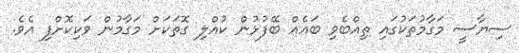
ސިޔާސީ މަގާމުތަކުގައި ތިއްބެވި ބައެއް ބޭފުޅުން ކުއްލި ގޮތަކަށް މަގާމުން ވަކިކޮށްފި އެވެ.